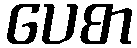
ပေစာ